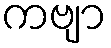
ကဗျာ